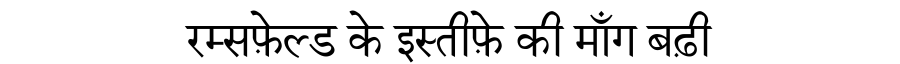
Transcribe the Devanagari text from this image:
रम्सफ़ेल्ड के इस्तीफ़े की माँग बढ़ी